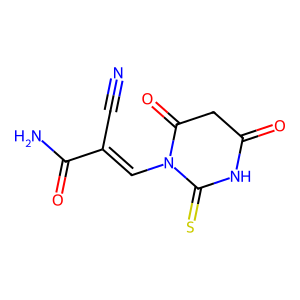
SMILES: N#CC(=CN1C(=O)CC(=O)NC1=S)C(N)=O
Inhibits HIV replication: No